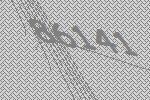
86141